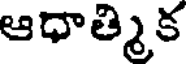
ఆధాత్మిక